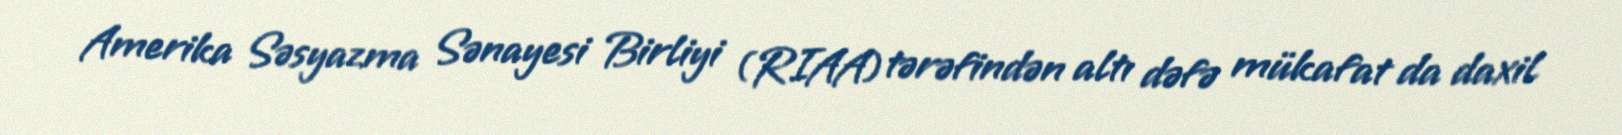
Amerika Səsyazma Sənayesi Birliyi (RIAA) tərəfindən altı dəfə mükafat da daxil